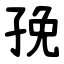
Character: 㝃